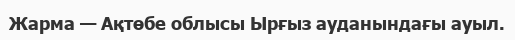
Жарма — Ақтөбе облысы Ырғыз ауданындағы ауыл.